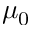
\mu _ { 0 }